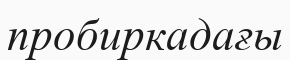
пробиркадағы